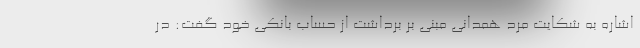
اشاره به شکایت مرد همدانی مبنی بر برداشت از حساب بانکی خود گفت: در